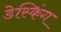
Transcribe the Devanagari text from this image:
डेस्किंग